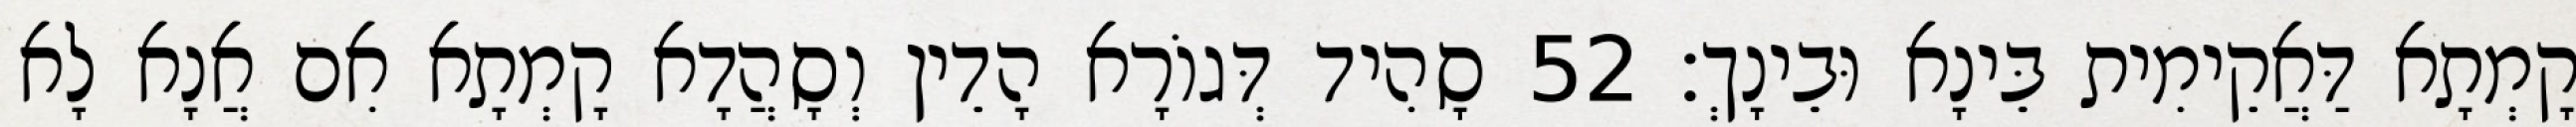
קָמְתָא דַּאֲקֵימִית בֵּינָא וּבֵינָךְ׃ 52 סָהִיד דְּגוֹרָא הָדֵין וְסָהֲדָא קָמְתָא אִם אֲנָא לָא